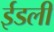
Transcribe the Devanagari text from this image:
ईडली